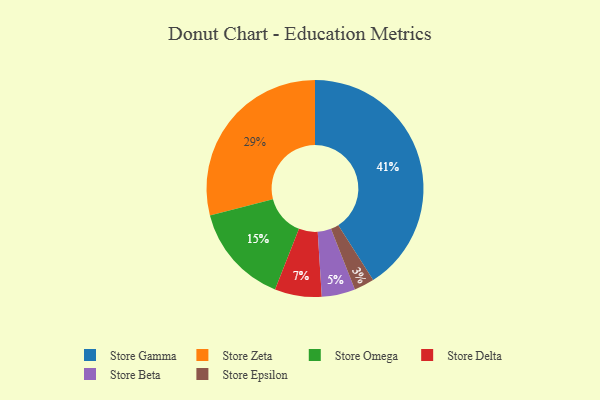
{"axis": {"x": "Category", "y": "Percentage"}, "legend": ["Store Beta", "Store Delta", "Store Epsilon", "Store Gamma", "Store Omega", "Store Zeta"], "data": [{"x": "Store Beta", "y": 5, "type": "Store Beta"}, {"x": "Store Zeta", "y": 29, "type": "Store Zeta"}, {"x": "Store Epsilon", "y": 3, "type": "Store Epsilon"}, {"x": "Store Omega", "y": 15, "type": "Store Omega"}, {"x": "Store Delta", "y": 7, "type": "Store Delta"}, {"x": "Store Gamma", "y": 41, "type": "Store Gamma"}]}